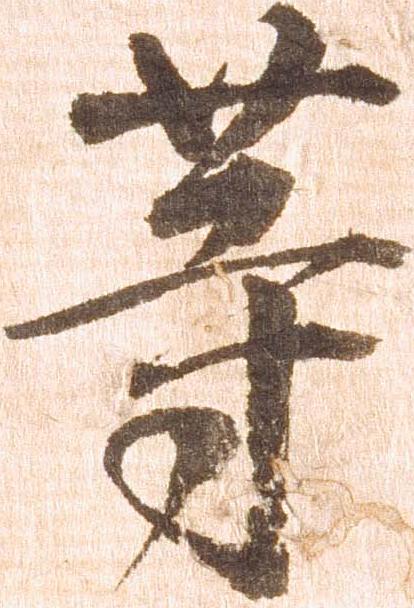
等